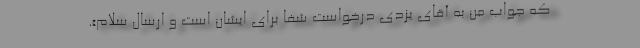
که جواب من به آقای یزدی درخواست شفا برای ایشان است و ارسال سلام».